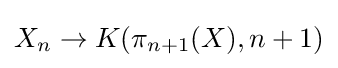
X_{n}\to K(\pi _{n+1}(X),n+1)